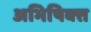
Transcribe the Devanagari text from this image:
अभिषिक्‍त